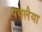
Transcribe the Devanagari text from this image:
पथलैया